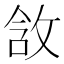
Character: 𫾵